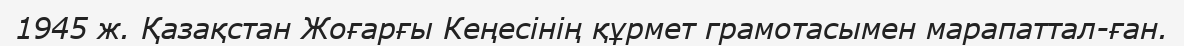
1945 ж. Қазақстан Жоғарғы Кеңесінің құрмет грамотасымен марапаттал­ған.